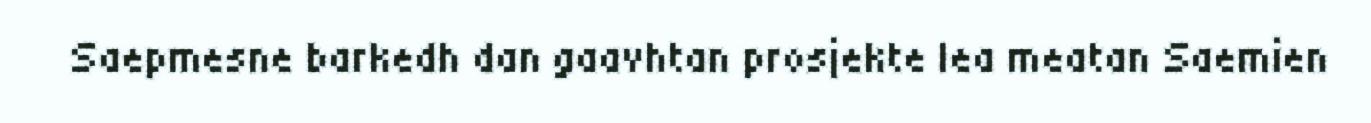
Saepmesne barkedh dan gaavhtan prosjekte lea meatan Saemien